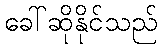
ခေါ်ဆိုနိုင်သည်